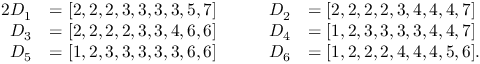
\begin{array} { r l r l } { 2 D _ { 1 } } & { = [ 2 , 2 , 2 , 3 , 3 , 3 , 3 , 5 , 7 ] \qquad } & { D _ { 2 } } & { = [ 2 , 2 , 2 , 2 , 3 , 4 , 4 , 4 , 7 ] } \\ { D _ { 3 } } & { = [ 2 , 2 , 2 , 2 , 3 , 3 , 4 , 6 , 6 ] \qquad } & { D _ { 4 } } & { = [ 1 , 2 , 3 , 3 , 3 , 3 , 4 , 4 , 7 ] } \\ { D _ { 5 } } & { = [ 1 , 2 , 3 , 3 , 3 , 3 , 3 , 6 , 6 ] \qquad } & { D _ { 6 } } & { = [ 1 , 2 , 2 , 2 , 4 , 4 , 4 , 5 , 6 ] . } \end{array}